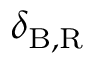
\delta _ { \mathrm { B , R } }